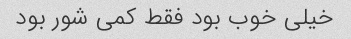
خیلی خوب بود فقط کمی شور بود